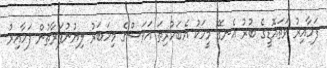
ފަހާއިރު ވަތައޮޑީގެ ބުރު އެނގޭ މީހަކު އެބަހުރިތަ އަވަސްގެ މިހަބަރު ލިޔުނުފަރާތުން ފަހާއިރު